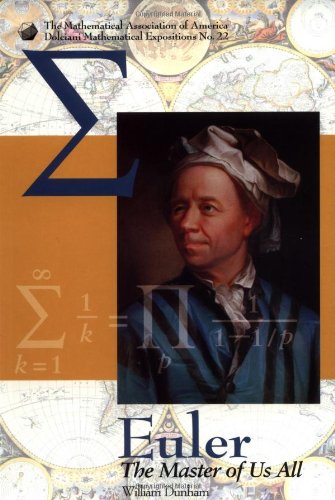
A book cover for Euler: The Master of Us All (Dolciani Mathematical Expositions, No 22); William Dunham; Science & Math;